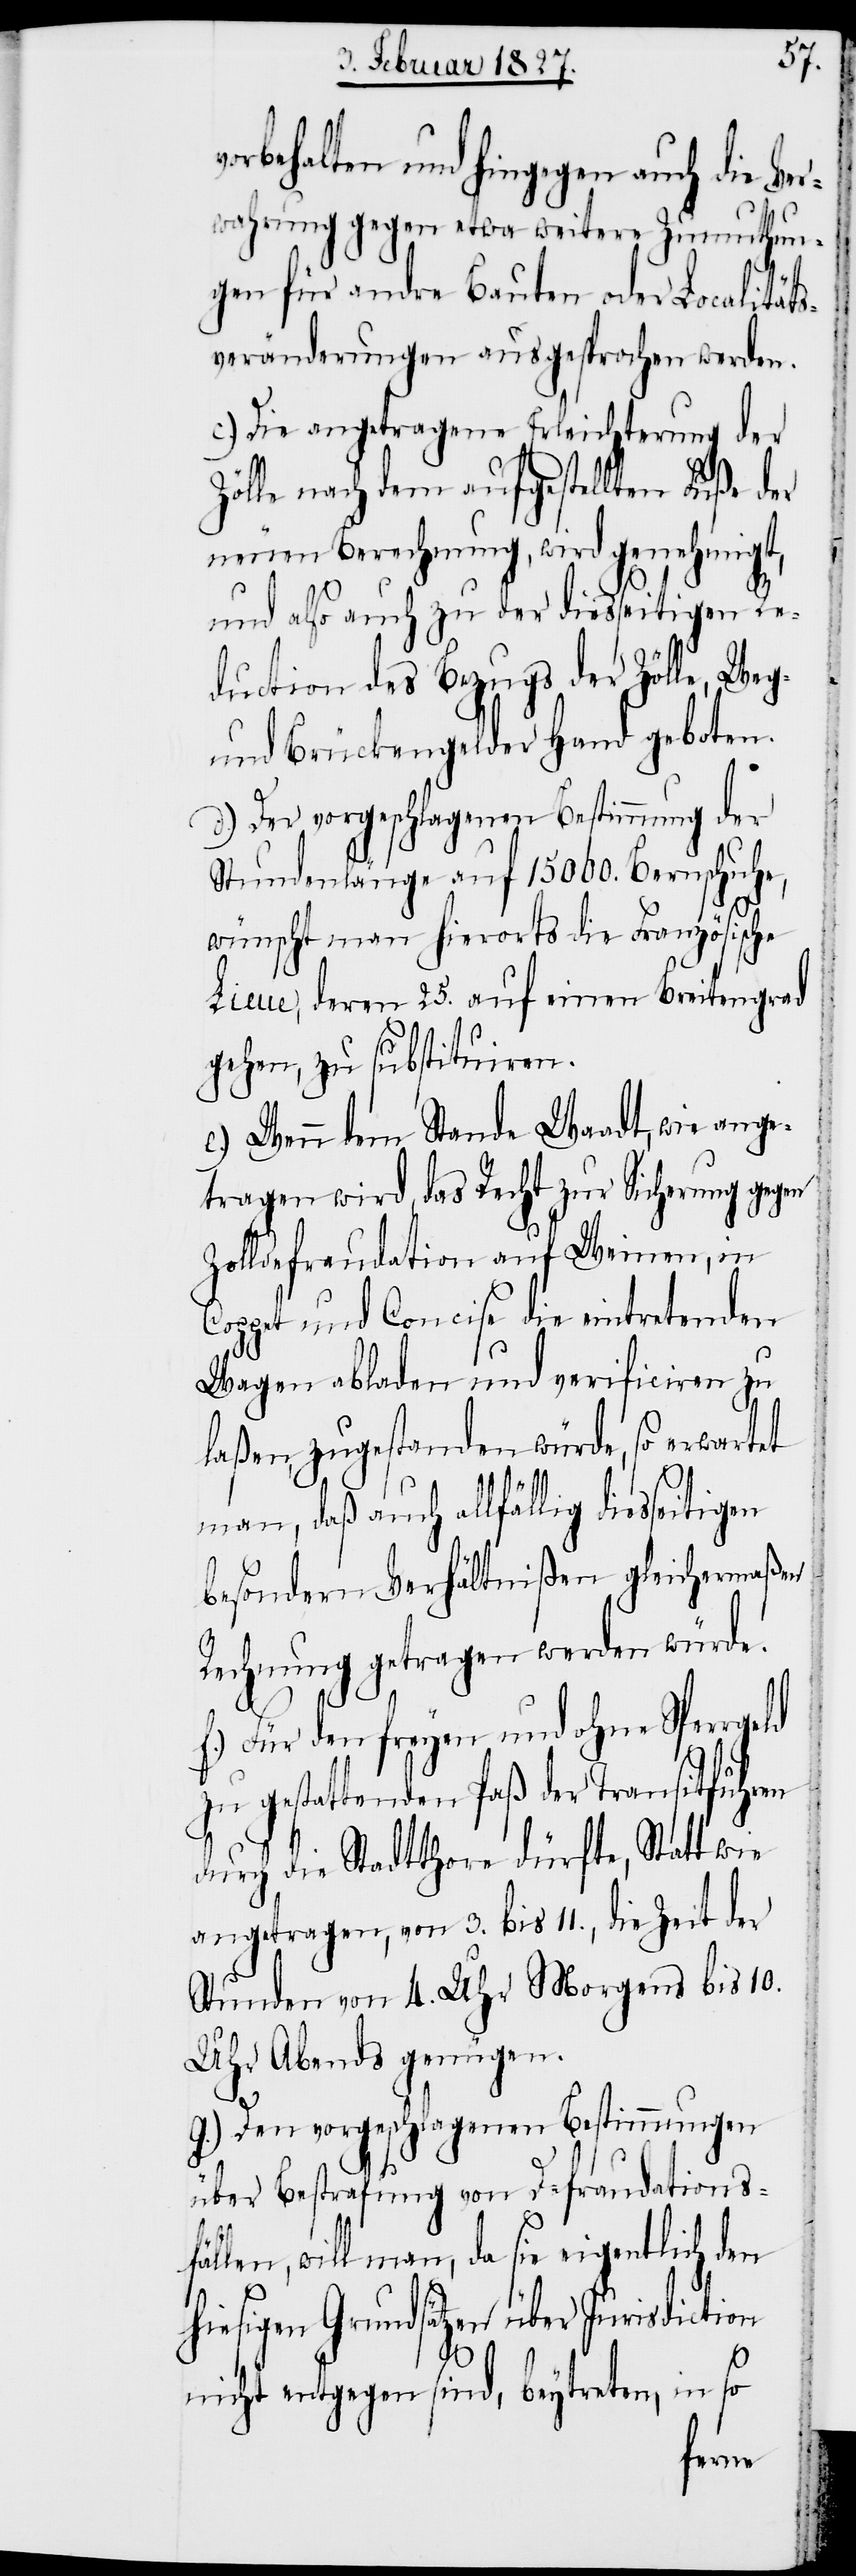
vorbehalten und hingegen auch die Ver¬
wahrung gegen etwa weitere Zumuthun¬
gen für andre Bauten oder Localitäts¬
veränderungen ausgesprochen werden.
c.) Die angetragene Erleichterung der
Zölle nach dem aufgestellten Fuße der
neuen Berechnung, wird genehmigt,
und also auch zu der diesseitigen Re¬
duction des Bezugs der Zölle, Weg-
und Brückengelder Hand geboten.
d.) Der vorgeschlagenen Bestimmung der
Stundenlänge auf 15000. Bernschuhe,
wünscht man hierorts die Französische
Lieue, deren 25. auf einen Breitengrad
gehen, zu substituiren.
e.) Wenn dem Stande Waadt, wie ange¬
tragen wird, das Recht zur Sicherung gegen
Zolldefraudation auf Weinen, in
Coppet und Concise die eintretenden
Wagen abladen und verificiren zu
laßen, zugestanden würde, so erwartet
man, daß auch allfällig diesseitig¬
besondern Verhältnißen gleichermaßen
Rechnung getragen werden würde.
f.) Für den freyen und ohne Sperrgeld
zu gestattenden Paß der Transitfuhren
durch die Stadtthore dürfte, Statt wie
angetragen, von 3. bis 11., die Zeit der
Stunden von 4. Uhr Morgens bis 10.
Uhr Abends genügen.
g.) Den vorgeschlagenen Bestimmungen
über Bestrafung von Defaudationsfä¬
llen, will man, da sie eigentlich den
hiesigen Grundsätzen über Jurisdiktion
nicht entgegen sind, beytreten, in so
en